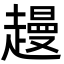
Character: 䟂